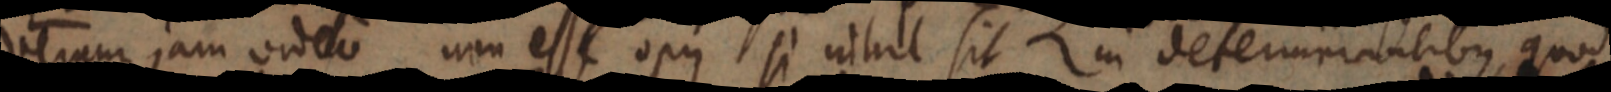
verum jam video non esse opus si nihil sit in determinantibus, quod